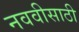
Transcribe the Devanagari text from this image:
नववीसाठी